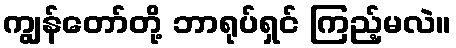
ကျွန်တော်တို့ ဘာရုပ်ရှင် ကြည့်မလဲ။